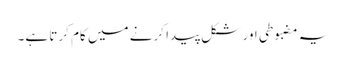
یہ مضبوطی اور شکل پیدا کرنے میں کام کرتا ہے۔